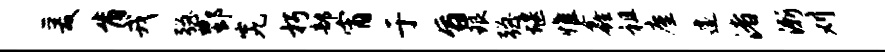
爰肯戎强酆究朽部宵于旨琅强堰惟鑫祖廑遽渚渐刈